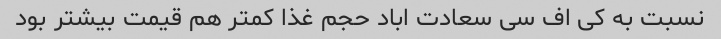
نسبت به کی اف سی سعادت اباد حجم غذا کمتر هم قیمت بیشتر بود